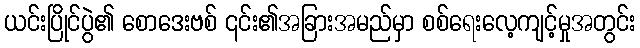
ယင်းပြိုင်ပွဲ၏ စောဒေးဗစ် ၎င်း၏အခြားအမည်မှာ စစ်ရေးလေ့ကျင့်မှုအတွင်း